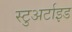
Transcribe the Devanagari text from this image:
स्टुअर्टाइड